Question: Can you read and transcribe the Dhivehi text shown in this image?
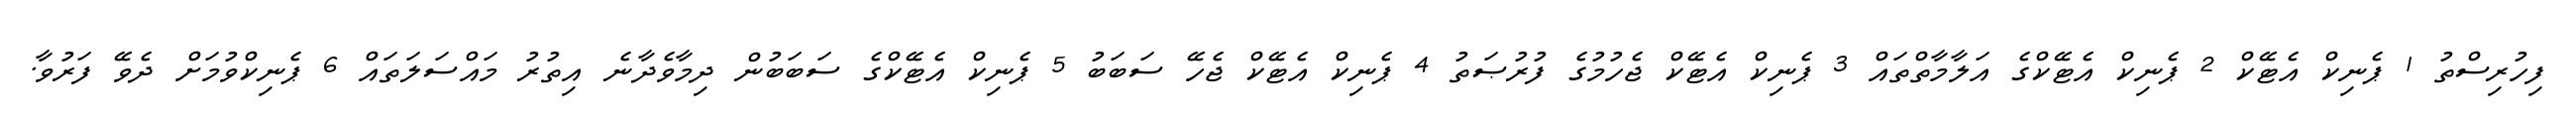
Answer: ފިހުރިސްތު 1 ޕެނިކް އެޓޭކް 2 ޕެނިކް އެޓޭކްގެ އަލާމާތްތައް 3 ޕެނިކް އެޓޭކް ޖެހުމުގެ ފުރުޞަތު 4 ޕެނިކް އެޓޭކް ޖެހޭ ސަބަބު 5 ޕެނިކް އެޓޭކްގެ ސަބަބުން ދިމާވެދާނެ އިތުރު މައްސަލަތައް 6 ޕެނިކްވުމަށް ދެވޭ ފަރުވާ.